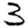
Digit: 3